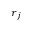
\boldsymbol { r } _ { j }